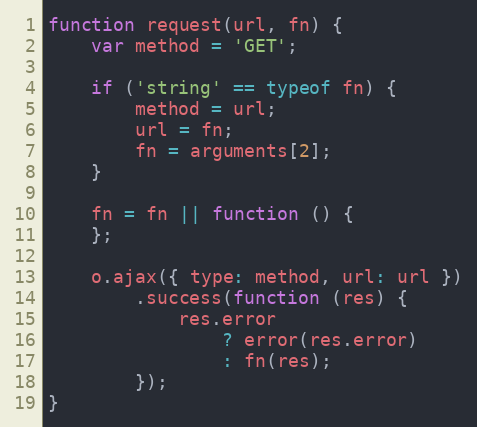
Language: JavaScript
function request(url, fn) {
    var method = 'GET';

    if ('string' == typeof fn) {
        method = url;
        url = fn;
        fn = arguments[2];
    }

    fn = fn || function () {
    };

    o.ajax({ type: method, url: url })
        .success(function (res) {
            res.error
                ? error(res.error)
                : fn(res);
        });
}